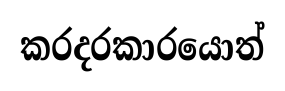
කරදරකාරයොත්